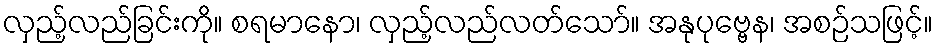
လှည့်လည်ခြင်းကို။ စရမာနော၊ လှည့်လည်လတ်သော်။ အနုပုဗ္ဗေန၊ အစဉ်သဖြင့်။